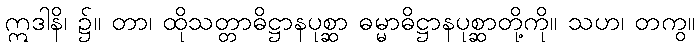
ဣဒါနိ၊ ၌။ တာ၊ ထိုသတ္တာဓိဋ္ဌာနပုစ္ဆာ ဓမ္မာဓိဋ္ဌာနပုစ္ဆာတို့ကို။ သဟ၊ တကွ။